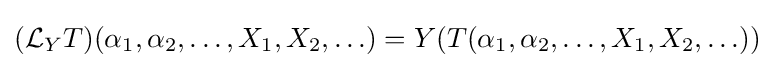
({\mathcal {L}}_{Y}T)(\alpha _{1},\alpha _{2},\ldots ,X_{1},X_{2},\ldots )=Y(T(\alpha _{1},\alpha _{2},\ldots ,X_{1},X_{2},\ldots ))